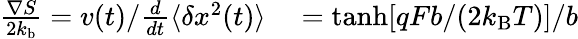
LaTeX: \begin{array}{rl}{\frac{\nabla S}{2k_{\mathrm{b}}}=v(t)/\frac{d}{dt}\langle\delta x^{2}(t)\rangle}&{{}=\operatorname{tanh}[qFb/(2k_{\mathrm{B}}T)]/b}\end{array}